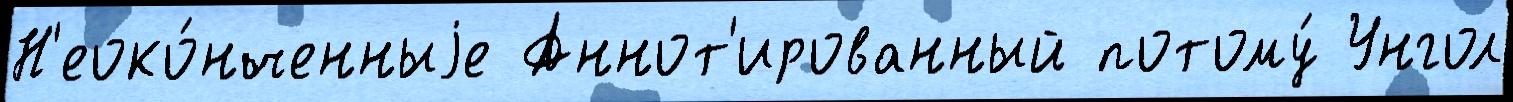
Н'еоко́нченныjе Аннот'ированный потому́ Унгол